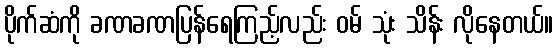
ပိုက်ဆံကို ခဏခဏပြန်ရေကြည့်လည်း ဝမ် သုံး သိန်း လိုနေတယ်။